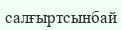
салғыртсынбай